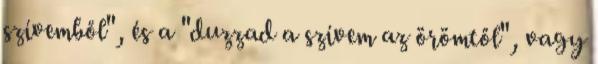
szívemből", és a "duzzad a szívem az örömtől", vagy